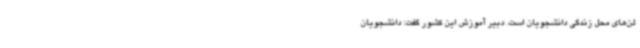
لن‌های محل زندگی دانشجویان است. دبیر آموزش این کشور گفت: دانشجویان